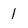
Character: 1